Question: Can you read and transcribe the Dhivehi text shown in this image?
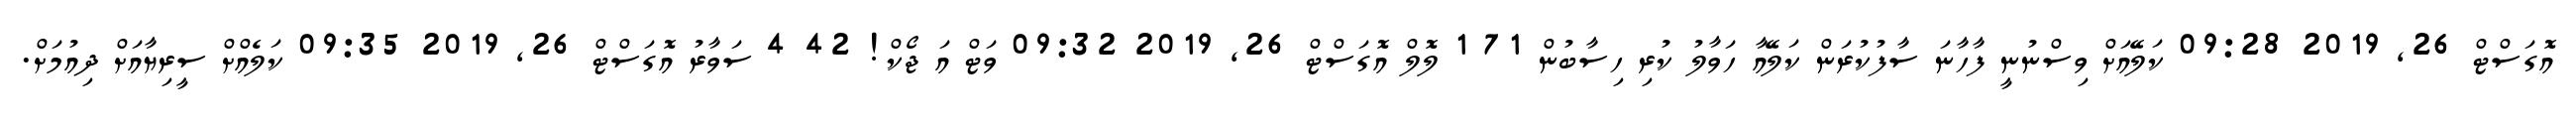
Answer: އޮގަސްޓް 26, 2019 09:28 ކަލޭއަށް ވިސްނުނީ ފާހާނަ ސާފުކުރަން ކަލޭއާ ހަވާލު ކުރި ހިސާބުން 71 1 ލޮލް އޮގަސްޓް 26, 2019 09:32 ވަޓް އަ ޖޯކް! 42 4 ސަވާރު އޮގަސްޓް 26, 2019 09:35 ކަލެއްށް ސީރިޔާއަށް ދިއުމަށް.